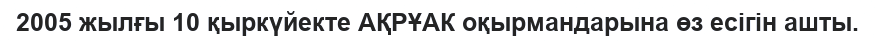
2005 жылғы 10 қыркүйекте АҚРҰАК оқырмандарына өз есігін ашты.